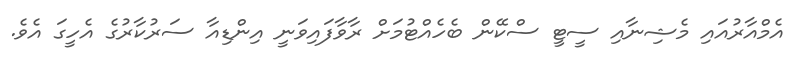
އެމްއާރުއައި މެޝިނާއި ސީޓީ ސްކޭން ބެހެއްޓުމަށް ރާވާފައިވަނީ އިންޑިއާ ސަރުކާރުގެ އެހީގަ އެވެ.